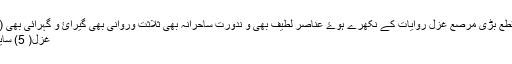
مطلع تا مقطع بڑی مرصع غزل روایات کے نکھرے ہوۓ عناصرِ لطیف بھی و ندورت ساحرانہ بھی ثلاثت وروانی بھی گیرائ و گہرائی بھی (المبروک)
غزل( 5) سایہء وصل!